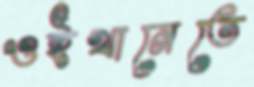
ওইখানেতে